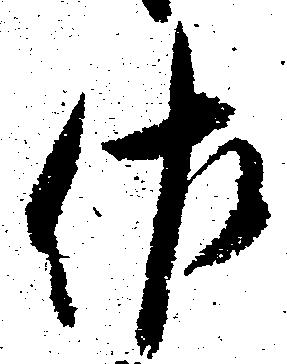
佐